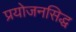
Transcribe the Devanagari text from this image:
प्रयोजनसिद्ध